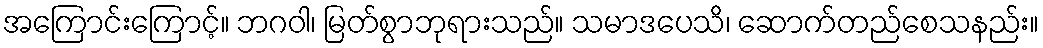
အကြောင်းကြောင့်။ ဘဂဝါ၊ မြတ်စွာဘုရားသည်။ သမာဒပေသိ၊ ဆောက်တည်စေသနည်း။